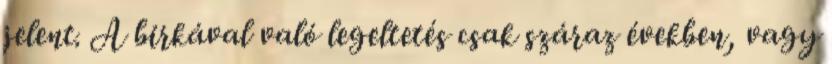
jelent. A birkával való legeltetés csak száraz években, vagy